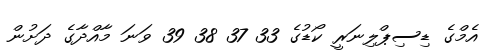
އެމްގެ ޑިސިޕްލިނަރީ ކޯޑުގެ 33 37 38 39 ވަނަ މާއްދާގެ ދަށުން